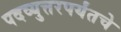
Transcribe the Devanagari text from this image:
पदव्युत्तरपर्यंतचे